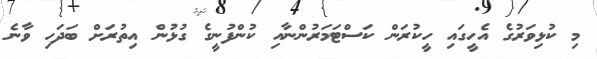
މި ކުޅިވަރުގެ އެހީގައި ހީކުރަން ކަސްޓަމަރުންނާއި ކުންފުނީގެ ގުޅުން އިތުރަށް ބަދަހި ވާނެ